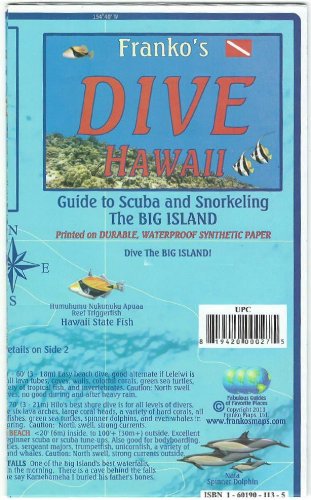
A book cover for Hawaii The Big Island Dive & Snorkeling Guide Franko Maps Waterproof Map; Franko Maps Ltd.; Travel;